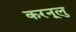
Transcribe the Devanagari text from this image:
करनूलु